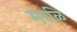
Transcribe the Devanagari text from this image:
मरळि